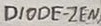
Text: DIODE-ZEN